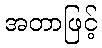
အတာဖြင့်